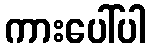
ကားပေါ်ပါ